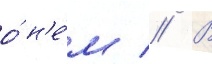
о́ н'е́м // В